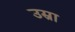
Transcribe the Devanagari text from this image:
उस्रा